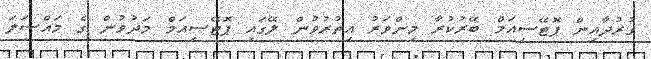
ގުރުދާއިން ޕޮޓޭސިއަމް ބޭރުކުރާ މިންވަރު އިތުރުވުން ލޭގައި ޕޮޓޭސިއަމް މަދުވުން ގެ މައްސަލަ